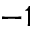
^ { - 1 }